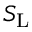
S _ { \mathrm { { L } } }